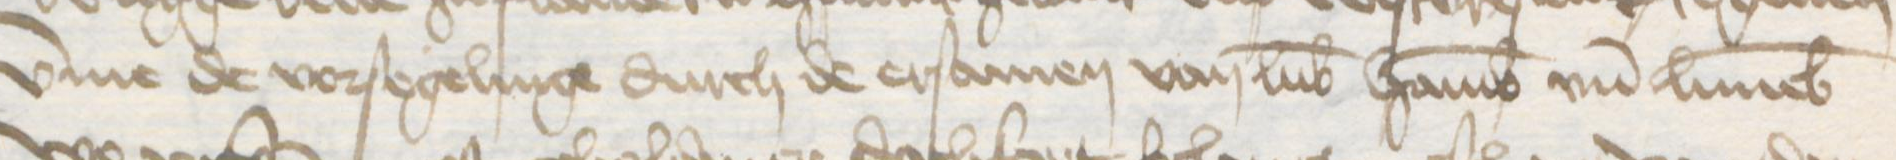
Transcription: vmme de vorsegelinge durch de ersamen van Lubek Hamburg vnd Luneborch